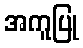
အကူပြု